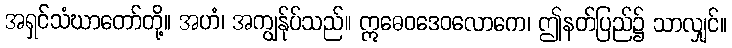
အရှင်သံဃာတော်တို့။ အဟံ၊ အကျွန်ုပ်သည်။ ဣဓေဝဒေဝလောကေ၊ ဤနတ်ပြည်၌ သာလျှင်။